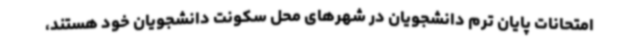
امتحانات پایان ترم دانشجویان در شهرهای محل سکونت دانشجویان خود هستند،